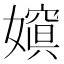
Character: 𡡨